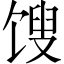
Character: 馊